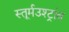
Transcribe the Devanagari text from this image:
स्तूर्मउश्ट्रांव